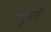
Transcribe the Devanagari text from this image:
वावुबली